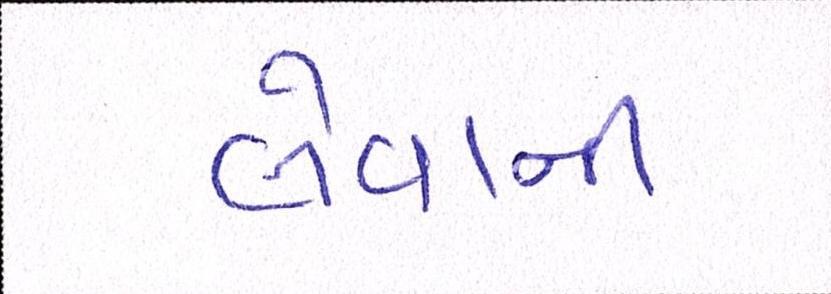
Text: લેવાની